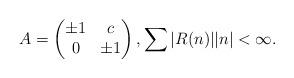
LaTeX: \begin{align*} A=\begin{pmatrix} \pm 1&c\\ 0&\pm 1 \end{pmatrix}, \sum |R(n)||n|<\infty. \end{align*}